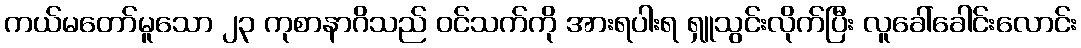
ကယ်မတော်မူသော ၂၃ ကုစာနာဂိသည် ဝင်သက်ကို အားရပါးရ ရှူသွင်းလိုက်ပြီး လူခေါ်ခေါင်းလောင်း